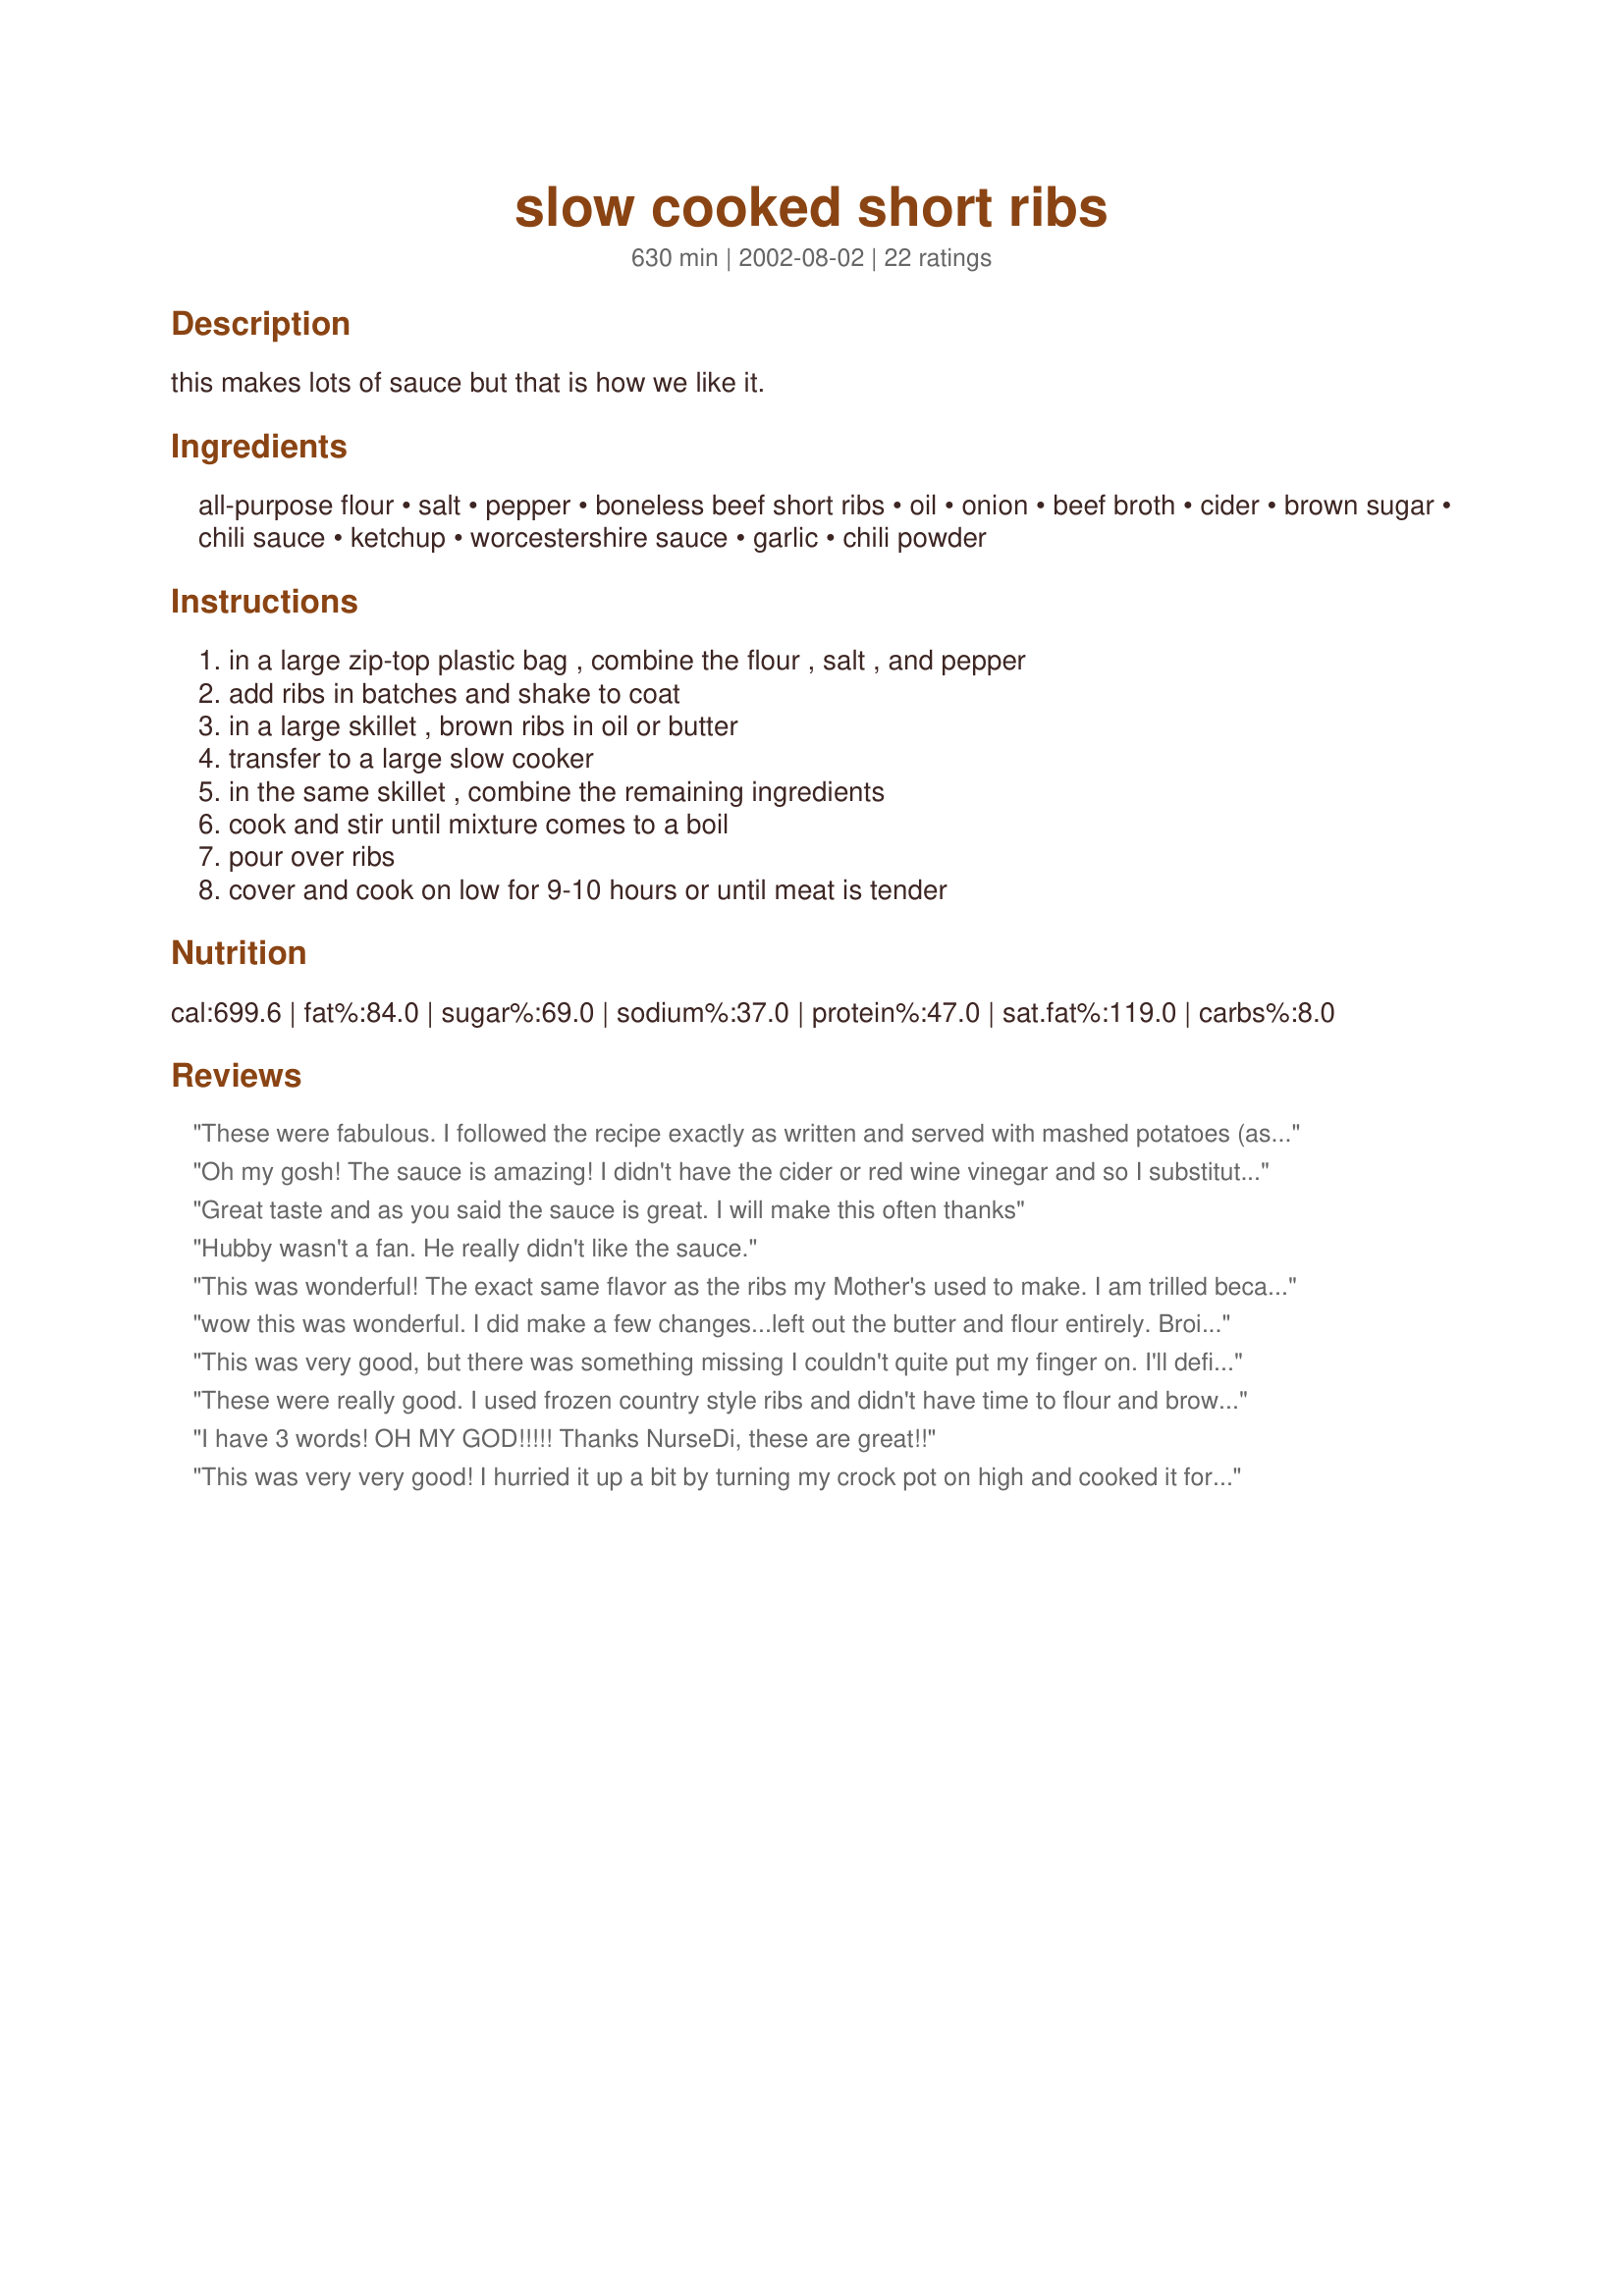
slow cooked short ribs
Preparation time: 630 minutes

this makes lots of sauce but that is how we like it.

Ingredients:
all-purpose flour, salt, pepper, boneless beef short ribs, oil, onion, beef broth, cider, brown sugar, chili sauce, ketchup, worcestershire sauce, garlic, chili powder

Steps:
in a large zip-top plastic bag , combine the flour , salt , and pepper, add ribs in batches and shake to coat, in a large skillet , brown ribs in oil or butter, transfer to a large slow cooker, in the same skillet , combine the remaining ingredients, cook and stir until mixture comes to a boil, pour over ribs, cover and cook on low for 9-10 hours or until meat is tender

Reviews:
These were fabulous. I followed the recipe exactly as written and served with mashed potatoes (as a treat for DH who I have subjected to a low carb diet). Real comfort food- warming, hearty, and delicious. Thanks Di!
Oh my gosh! The sauce is amazing!
I didn't have the cider or red wine vinegar and so I substituted Holland House Marsala Cooking Wine instead and it was through the roof yummy! My whole family loved it! Thanks so much for the recipe!
Great taste and as you said the sauce is great. I will make this often thanks
Hubby wasn't a fan. He really didn't like the sauce.
This was wonderful! The exact same flavor as the ribs my Mother's used to make. I am trilled because nobody has her recipe, it was just something she used to whip up! I live in the middle of nowhere.. no short ribs available. I took a London Broil Steak and cut into 1"x1" strips and prepared same. Wonderful!
wow this was wonderful. I did make a few changes...left out the butter and flour entirely. Broiled the meat on all sides till browned. I used balsamic vinegar and salsa instead of wine or cider vinegar and chile sauce. the meat was spoon tender and the sauce.....oh the sauce, my hubbie and I couldn't get enough of it....thanks nurse di for a real keeper. It deserves 10 stars....here they are**********
This was very good, but there was something missing I couldn't quite put my finger on. I'll definitely make them again, with experimentation to see what it was. Not bad at all, just not what I was expecting somehow. Edit: I made this again tonight with the following changes: I added Recipe #59772 to the sauce as well as 1 teaspoon red pepper flakes and a tablespoon of malt vinegar. After cooking in the crock pot for almost 16 hours it was falling-apart delicious and the sauce was perfect!
These were really good. I used frozen country
style ribs and didn't have time to flour and brown them. Will definately do that next time
so I have a thicker sauce. I used balsamic
vinegar (that's all I had) and only half a tablespoon of the chili powder. My mom came
over during dinner and left with the recipe! Thank-you!
I have 3 words! OH MY GOD!!!!!

Thanks NurseDi, these are great!!

This was very very good! I hurried it up a bit by turning my crock pot on high and cooked it for 4 hours. It was just as tender as a longer time on low, I'm sure. I was short on chili sauce, so made up for it with some enchilada style red chile sauce, but I don't think that altered the flavor much. I also altered it to adjust the portion down to accommodate 3 lbs. of meat, but actually used 4 lbs. In any case, the amount of sauce was just right, and the flavor was great. I was a happy eater, and hubby was drooling at the wonderful smell even before it was done.
This is the best BBQish type sauce ever! I have used it numerous times now. I LOVE this sauce. I have made this with chicken (sub chicken broth) and with pork (sub chicken broth) as well as with the short ribs.
Holy Moly, these ribs are some kind of delicious. A very easy recipe that worked well for my busy lifestyle. The meat was wonderfully tender. The sauce was aplenty and very tangy. We had friends over for dinner and they also loved the ribs. Thanks Nurse Di. Very impressive.
WOW! I made these for a group of people and everyone loved them. I used about 5 1/2lbs of ribs, and there wasn't a single RIB left. Thanks for the wonderful recipe.
My local grocery had a sale on short ribs and I knew I had just added this to my cookbook so I snatched them up. These are the hands down, the best short ribs I have ever made! The sauce is wonderful!!! Had enough to spoon over homemade mashed potatoes. This is pure comfort food! I wouldn't change a thing about this recipe! Thanks Nurse Di!
We couldn't wait to dive into this recipe, our home smelled so good. I made this in a cast iron Dutch oven on the stovetop to start the browning process, then put it all in the oven on 275 degrees for about 3 hours. It was so good that as we devoured it and there was only 1 short rib left, I realized that I hadn't taken a photo to post on RecipeZaar. Next time, which will be soon, I can tell you that. Thanks for posting this easy & delicious recipe!
AWESOME and then some!!!! The sauce was both sweet and tangy, great on mashed potatoes. There is enough sauce leftover {no ribs though} to use on potatoes tomorrow. I will definitely will make them again. Thanks for a great recipe.
Yum Yum Yum! I made this recipe exactly as stated. I have to admit I was a bit worried by the amount of chili powder (afraid it would be too spicy for the kids) - boy was I wrong! These ribs were awesome! I used both boneless and bone-in ribs.

The sauce was tangy and very tasty.

Thank you for a great recipe!
I love slow cooked beef ribs. It just screams comfort food. I served this with mashed potatoes and green beans. Yummy. Thank you for posting
The best, the best, the best!!!! My family came running when I said dinner was ready. The smell was compelling. The rib meat was falling off the bone tender and the sauce was out of this world. We used our rolls to sop up the extra sauce. Thanks for another new family favorite.
These ribs are delicious! My husband loved them and so did I. I used balsamic vinegar and the sauce turned out so very good and the meat just fell off of the bones. This recipe is definately a keeper. Thanks NurseDi
No doubt about it, these ribs are the best. The sauce was so tangy and loaded with flavor. There was lots of it and we used it on the rice. The meat was very tender and the cooking method was very easy. I love a good crock-pot recipe and this is a good one. Thanks.
What a great method! I didn't bother coating the meat in flour, just browned it up a bit in some EVOO and tossed in the crock pot with the sauce. I reduced the vinegar to 1/2 cup but followed as written otherwise. Fantastic tasting sauce. Loved it! I want to try again with another cut, possibly country style ribs.
